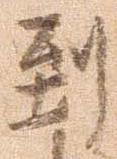
到